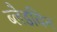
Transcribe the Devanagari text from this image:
ब्लैडविन